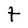
Character: t